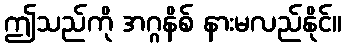
ဤသည်ကို အဂ္ဂနိစ် နားမလည်နိုင်။